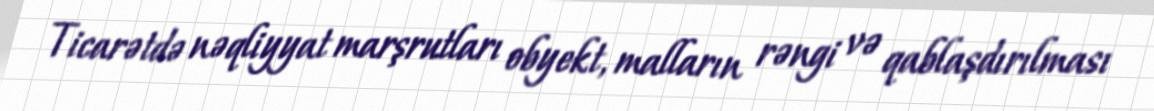
Ticarətdə nəqliyyat marşrutları obyekt, malların rəngi və qablaşdırılması